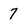
Character: 7